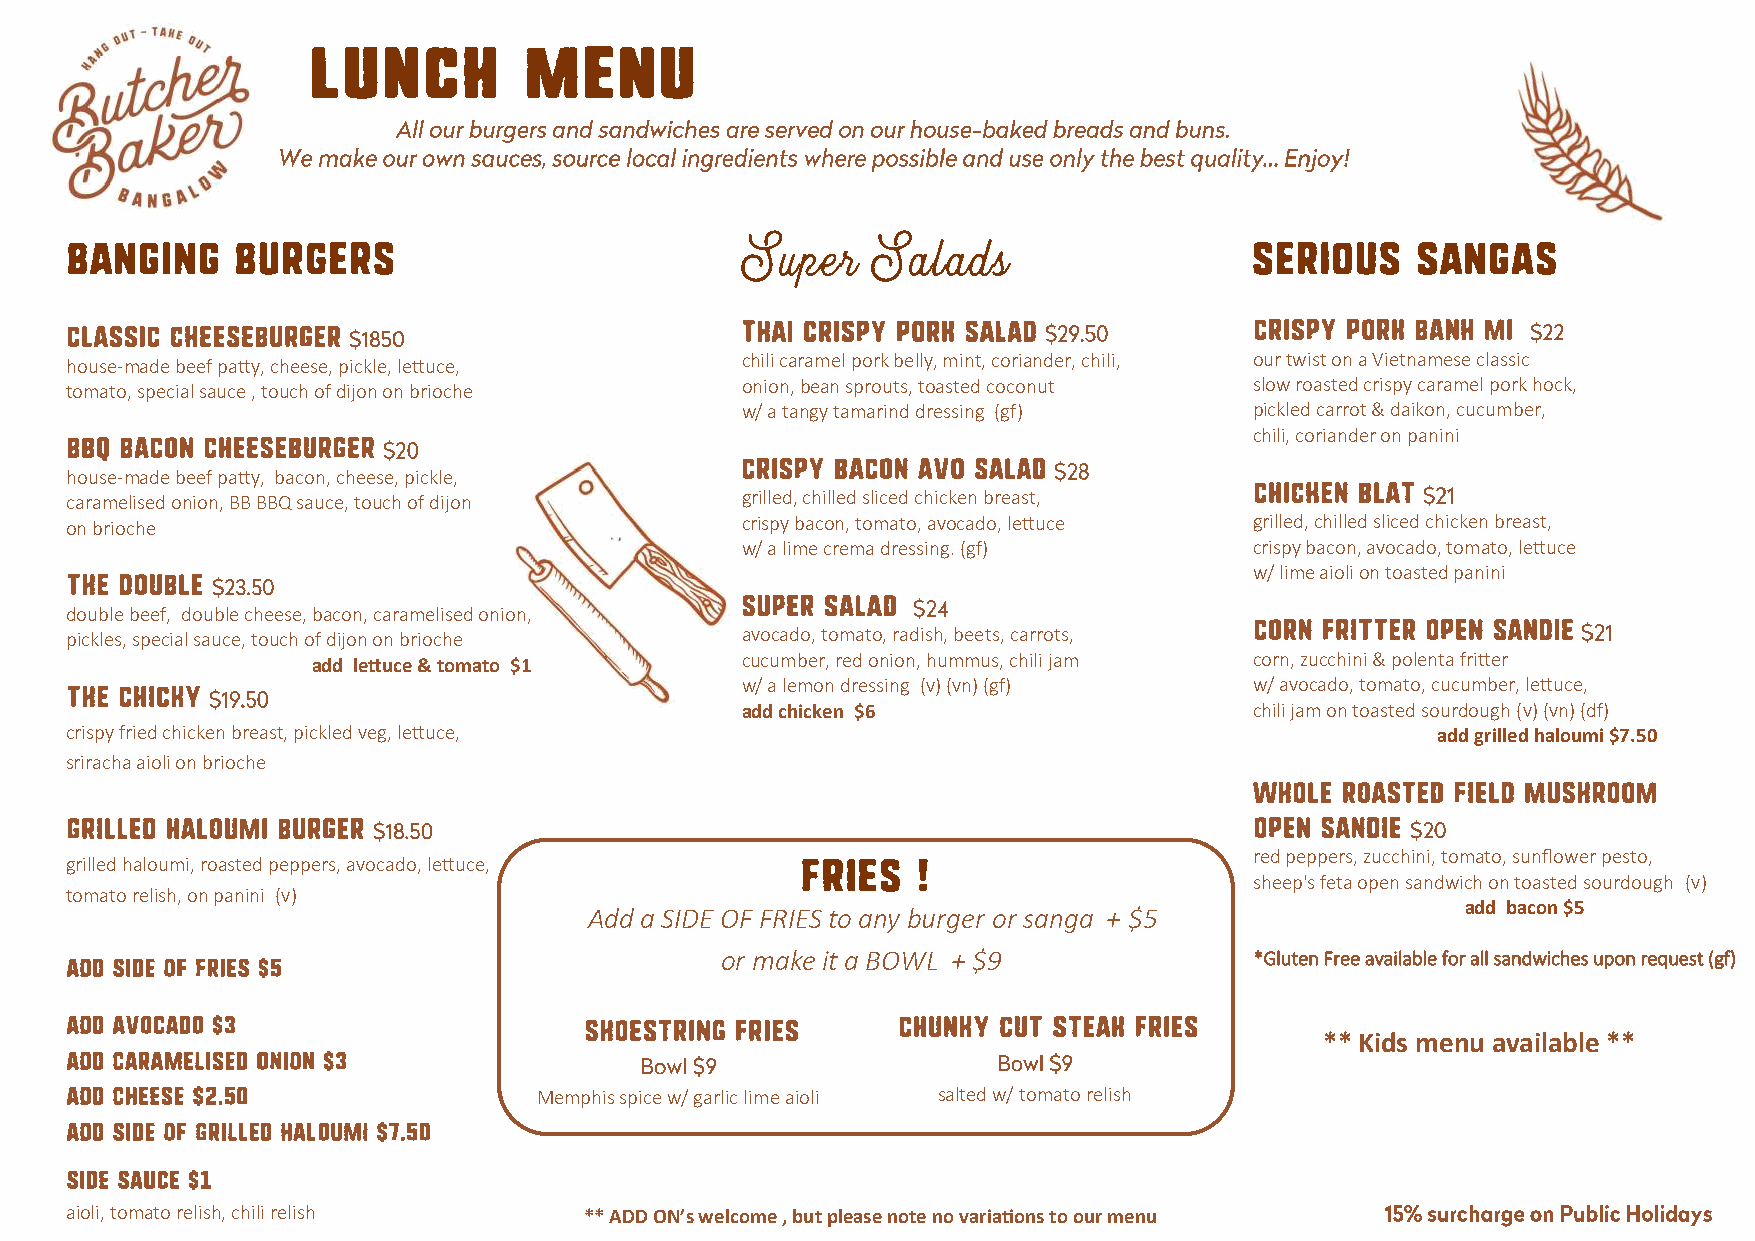
house-made beef patty, cheese, pickle, lettuce, chili caramel pork belly, mint, coriander, chili, our twist on a Vietnamese classic
 tomato, special sauce , touch of dijon on brioche onion, bean sprouts, toasted coconut slow roasted crispy caramel pork hock,
 w/ a tangy tamarind dressing (gf) pickled carrot & daikon, cucumber,
 chili, coriander on panini
 house-made beef patty, bacon, cheese, pickle,
 caramelised onion, BB BBQ sauce, touch of dijon grilled, chilled sliced chicken breast,
 on brioche                                   crispy bacon, tomato, avocado, lettuce grilled, chilled sliced chicken breast,
 w/ a lime crema dressing. (gf)    crispy bacon, avocado, tomato, lettuce
 w/ lime aioli on toasted panini
 double beef, double cheese, bacon, caramelised onion,
 pickles, special sauce, touch of dijon on brioche avocado, tomato, radish, beets, carrots,
 cucumber, red onion, hummus, chili jam corn, zucchini & polenta fritter
 add lettuce & tomato $1
 w/ a lemon dressing (v) (vn) (gf) w/ avocado, tomato, cucumber, lettuce,
 add chicken $6                    chili jam on toasted sourdough (v) (vn) (df)
 crispy fried chicken breast, pickled veg, lettuce,                                         add grilled haloumi $7.50
 sriracha aioli on brioche
 grilled haloumi, roasted peppers, avocado, lettuce,
 red peppers, zucchini, tomato, sunflower pesto,
 sheep's feta open sandwich on toasted sourdough (v)
 tomato relish, on panini (v)
 Add a SIDE OF FRIES to any burger or sanga + $5           add bacon $5
 or make it a BOWL + $9             *Gluten Free available for all sandwiches upon request (gf)
 ** Kids menu available **
 Memphis spice w/ garlic lime aioli salted w/ tomato relish
 aioli, tomato relish, chili relish ** ADD ON’s welcome , but please note no variations to our menu